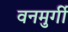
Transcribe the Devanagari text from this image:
वनमुर्गी